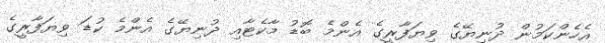
އެހެންކަމުން ދުނިޔޭގެ ވިޔަފާރީގެ އެންމެ ބޮޑު މާކެޓާއި ދުނިޔޭގެ އެންމެ ކުޑަ ވިޔަފާރީގެ